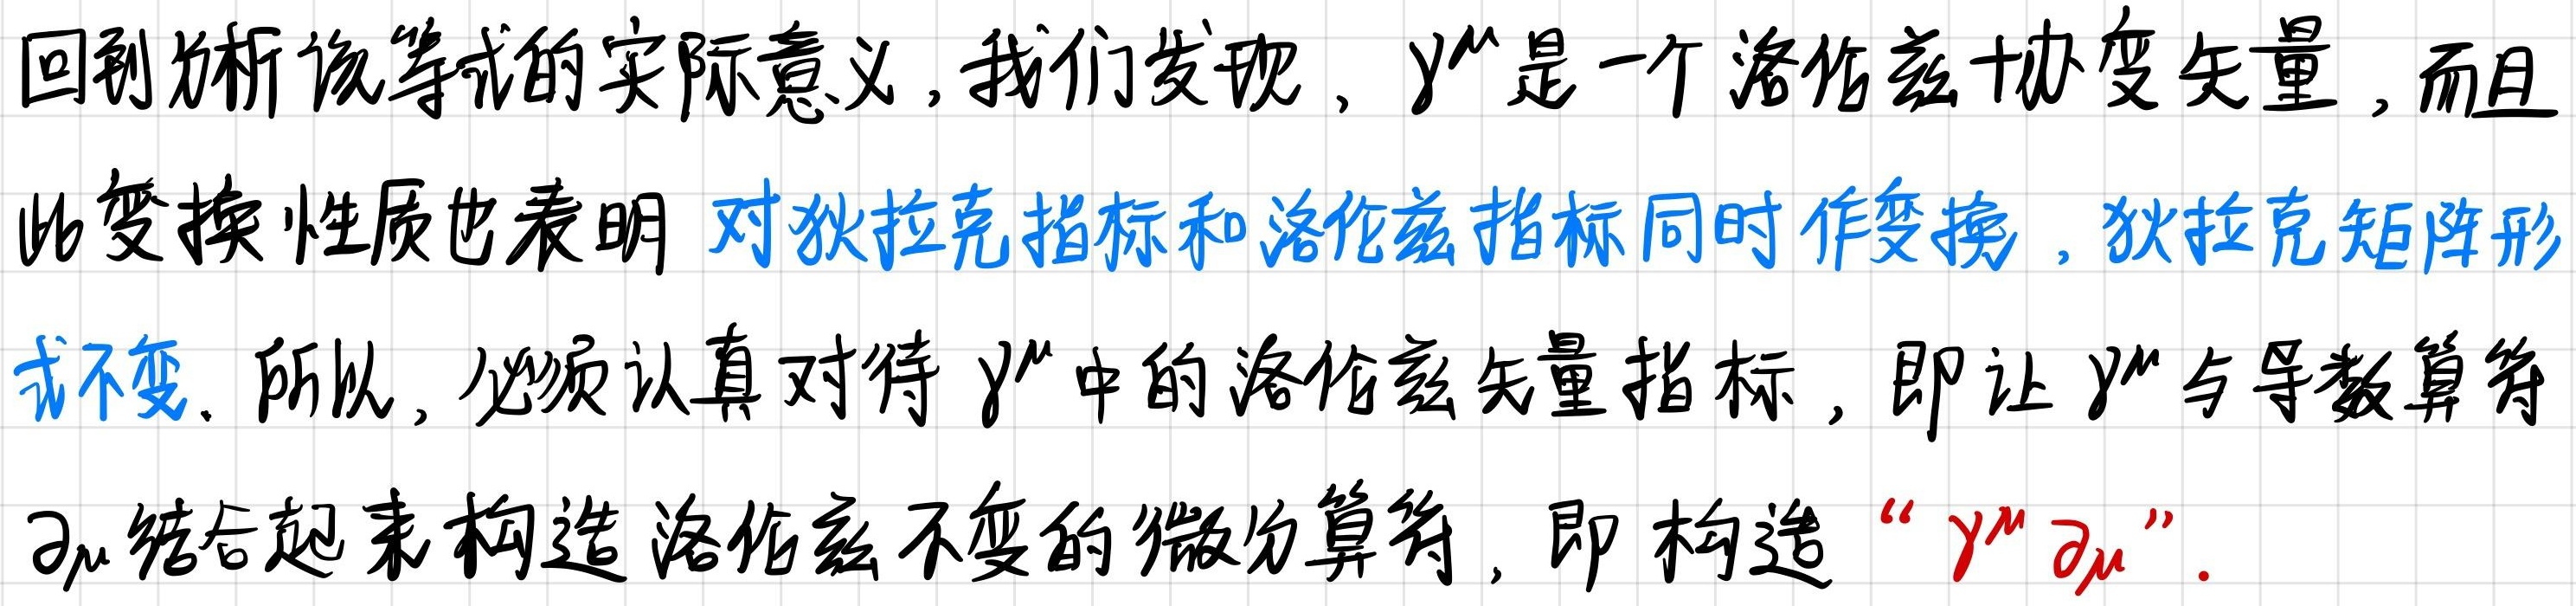
回到分析该等式的实际意义, 我们发现, $\gamma^{\mu}$ 是一个洛伦兹协变矢量, 而且此变换性质也表明 对狄拉克指标和洛伦兹指标同时作变换, 狄拉克矩阵形式不变. 所以, 必须认真对待 $\gamma^{\mu}$ 中的洛伦兹矢量指标, 即让 $\gamma^{\mu}$ 与导数算符 $\partial_{\mu}$ 结合起来构造洛伦兹不变的微分算符, 即构造 “ $\gamma^{\mu} \partial_{\mu}$ ”.